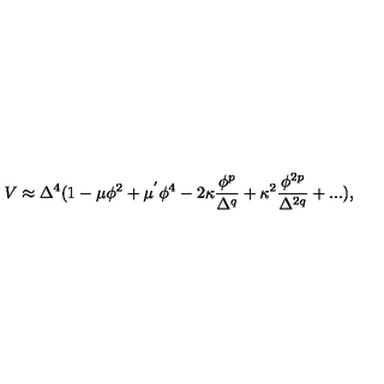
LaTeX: V \approx \Delta ^ { 4 } ( 1 - \mu \phi ^ { 2 } + \mu ^ { ' } \phi ^ { 4 } - 2 \kappa \frac { \phi ^ { p } } { \Delta ^ { q } } + \kappa ^ { 2 } \frac { \phi ^ { 2 p } } { \Delta ^ { 2 q } } + . . . ) ,